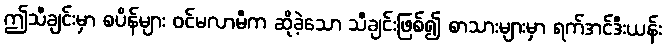
ဤသီချင်းမှာ စပိန်များ ဝင်မလာမီက ဆိုခဲ့သော သီချင်းဖြစ်၍ စာသားများမှာ ရက်အင်ဒီးယန်း